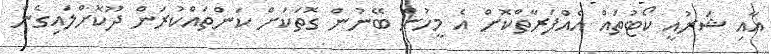
އާއި ޝަރުއީ ކޯޓުތައް އެއްފަރާތްކޮށް އެ މީހުން ބޭނުން ގޮތަކަށް ކަންތައްކުރަން ދޫކޮށްލައިގެން